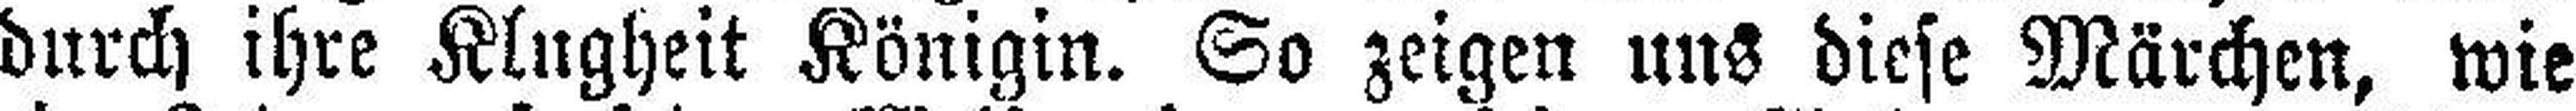
durch ihre Klugheit Königin. So zeigen uns diese Märchen, wie